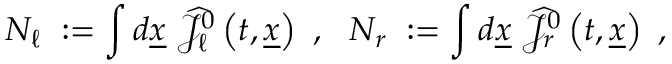
N _ { \ell } \; : = \int d \underline { { { x } } } \; \widehat { { \mathcal J } } _ { \ell } ^ { 0 } \left( t , \underline { { { x } } } \right) ~ , ~ ~ N _ { r } \; : = \int d \underline { { { x } } } \; \widehat { { \mathcal J } } _ { r } ^ { 0 } \left( t , \underline { { { x } } } \right) ~ ,